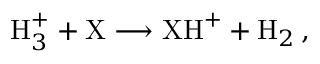
\mathrm { H } _ { 3 } ^ { + } + \mathrm { X } \longrightarrow \mathrm { X H } ^ { + } + \mathrm { H } _ { 2 } \, ,